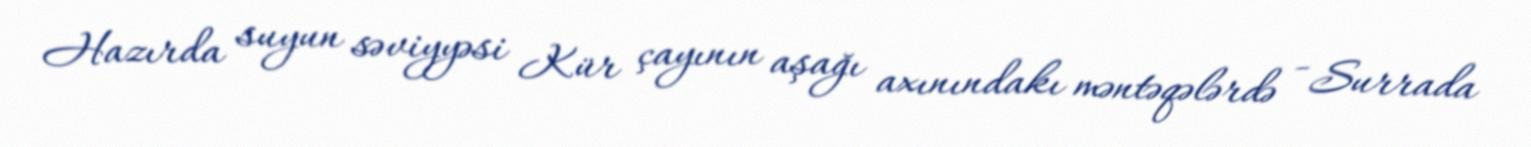
Hazırda suyun səviyyəsi Kür çayının aşağı axınındakı məntəqələrdə - Surrada